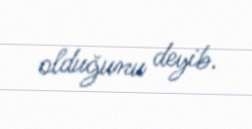
olduğunu deyib.